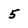
Character: 5